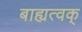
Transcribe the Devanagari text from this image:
बाह्यत्वक्